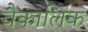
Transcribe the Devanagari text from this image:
वैकालिक